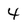
Character: 4